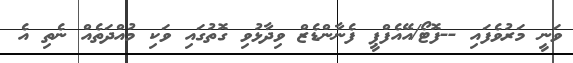
ވަނީ މަރުވެފައި --ފޮޓޯ/އޭއެފްޕީ ފެނާންޑެޒް ވިދާޅުވި ގޮތުގައި ވަކި މުއްދަތެއް ނެތި އެ